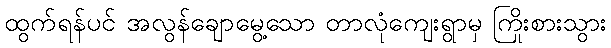
ထွက်ရန်ပင် အလွန်ချောမွေ့သော တာလုံကျေးရွာမှ ကြိုးစားသွား